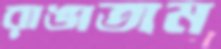
রাঙাতাম